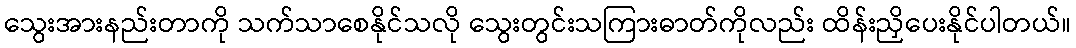
သွေးအားနည်းတာကို သက်သာစေနိုင်သလို သွေးတွင်းသကြားဓာတ်ကိုလည်း ထိန်းညှိပေးနိုင်ပါတယ်။